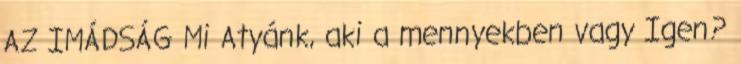
AZ IMÁDSÁG Mi Atyánk, aki a mennyekben vagy Igen?